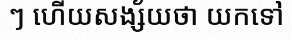
ៗ ហើយសង្ស័យថា យកទៅ